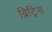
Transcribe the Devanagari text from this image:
ब्रिट्रिस